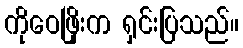
ကိုဝေဖြိုးက ရှင်းပြသည်။